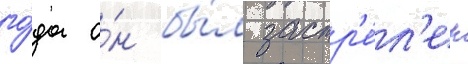
го́да о́н бы́л застр'е́л'ен